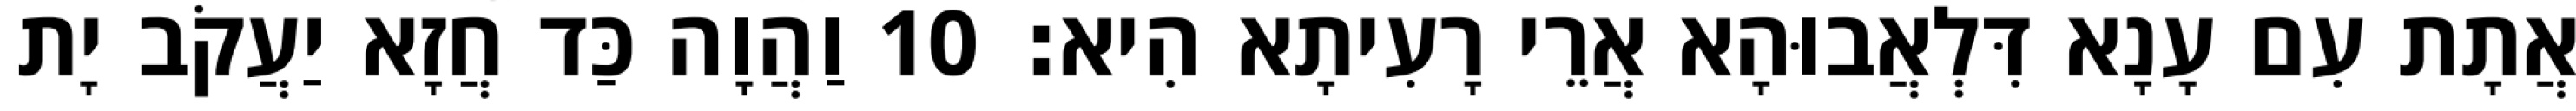
אֲתָת עִם עָנָא דִּלְאֲבוּהָא אֲרֵי רָעִיתָא הִיא׃ 10 וַהֲוָה כַּד חֲזָא יַעֲקֹב יָת